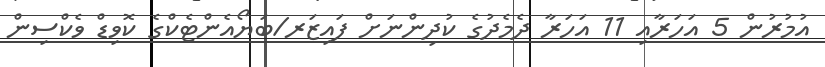
އުމުރުން 5 އަހަރާއި 11 އަހަރާ ދެމެދުގެ ކުދިންނަށް ފައިޒަރ/ބަޔޯއެންޓެކްގެ ކޮވިޑް ވެކްސިން